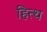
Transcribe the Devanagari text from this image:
हित्थ